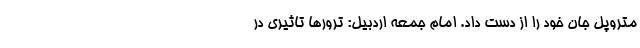
متروپل جان خود را از دست داد. امام جمعه اردبیل: ترورها تاثیری در